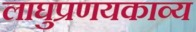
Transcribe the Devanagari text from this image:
लाघुप्रणयकाव्य